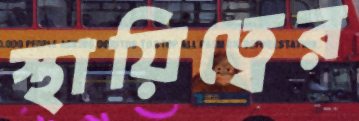
স্থায়িত্বের